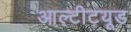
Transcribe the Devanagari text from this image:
आल्टीटयूड